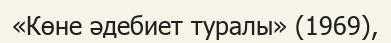
«Көне әдебиет туралы» (1969),